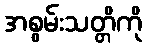
အစွမ်းသတ္တိကို